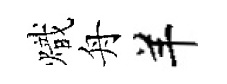
熾舟羊